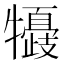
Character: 𤛽